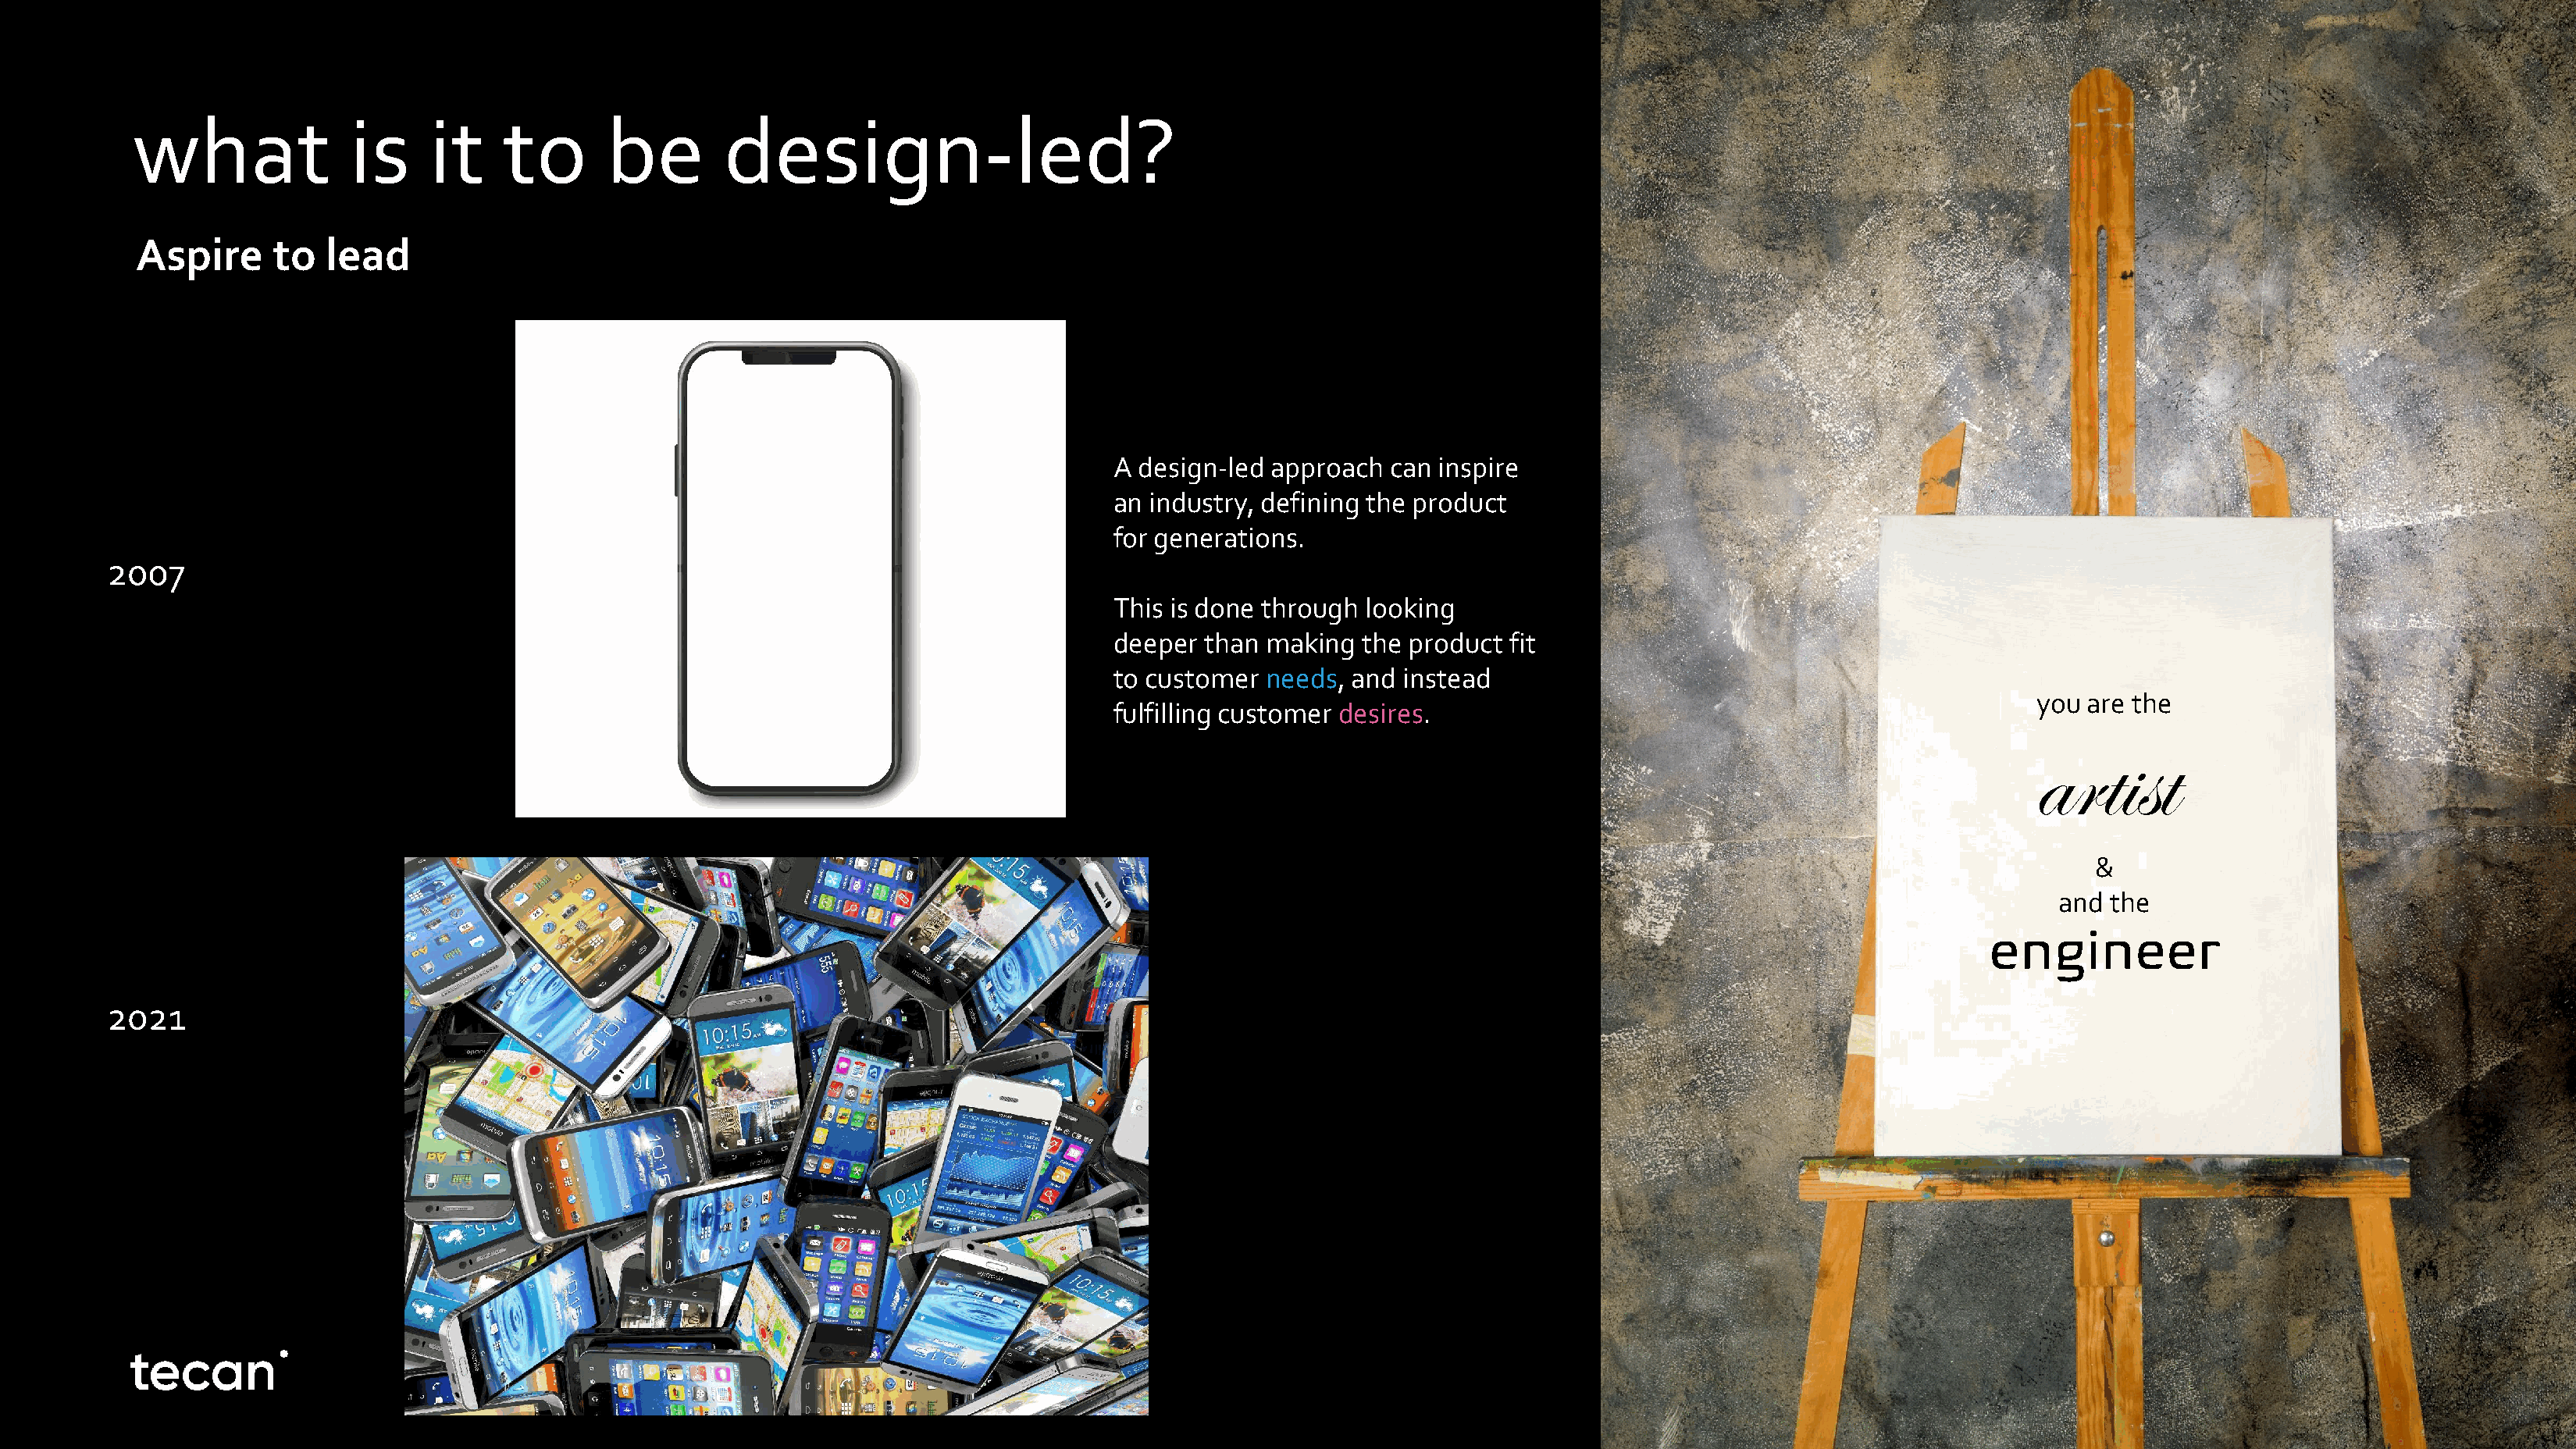
what               is    it     to      be        design-led?
 Aspire     to   lead
 A design-led  approach  can inspire
 an industry, defining the product
 for generations.
 2007
 This is done through  looking
 deeper  than making  the product  fit
 to customer  needs,  and instead
 you are the
 fulfilling customer desires.
 artist
 &
 and  the
 engineer
 2021